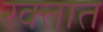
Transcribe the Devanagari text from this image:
रक्‍तात